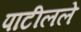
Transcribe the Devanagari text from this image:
पाटीलले